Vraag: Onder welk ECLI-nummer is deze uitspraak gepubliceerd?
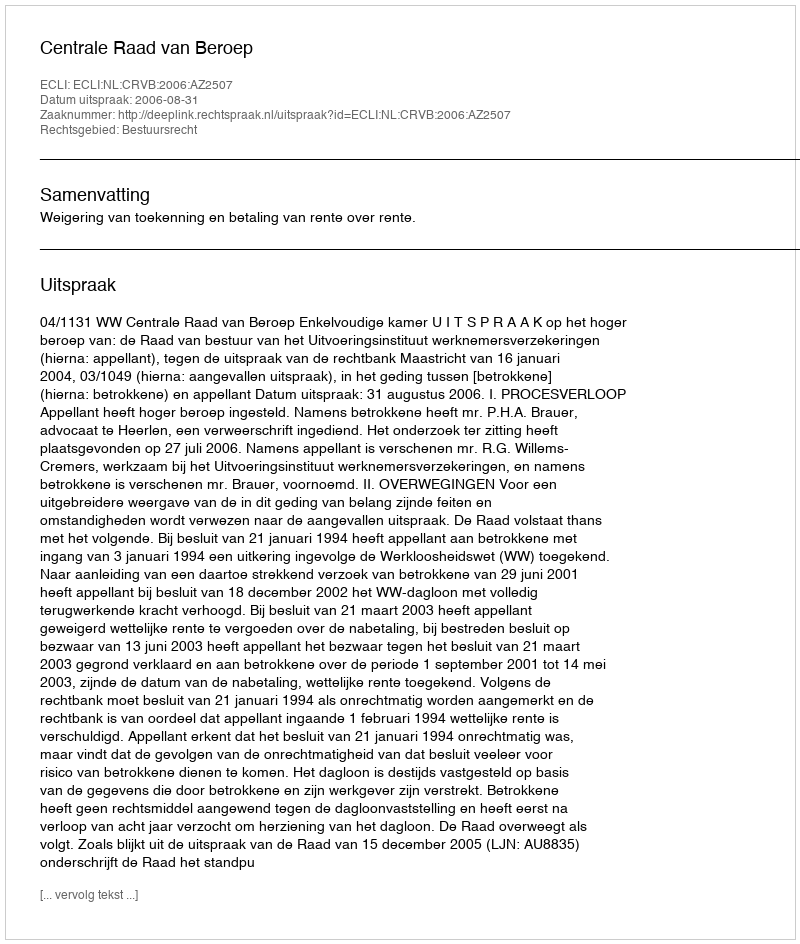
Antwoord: ECLI:NL:CRVB:2006:AZ2507